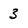
Character: 3